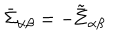
LaTeX: \bar { \Sigma } _ { \alpha \beta } = - \tilde { \bar { \Sigma } } _ { \alpha \beta }